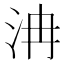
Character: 𣲹